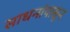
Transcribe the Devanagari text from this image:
साधनांपासून